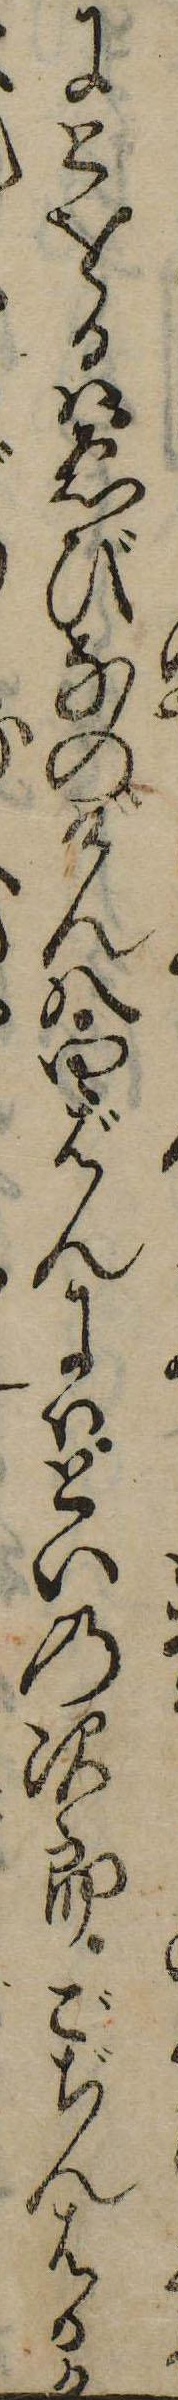
にとをるはゑびなのげん八四ばんにはといの次郎ごぢんはるか